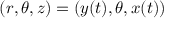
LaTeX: ( r , \theta , z ) = ( y ( t ) , \theta , x ( t ) )